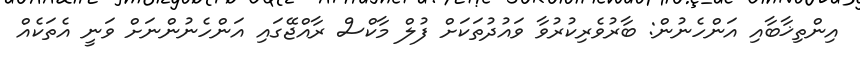
އިންތިޚާބާއި އަންހެނުން: ބާރުވެރިކުރުވާ ވައުދުތަކަށް ފުލް މާކްސް ރާއްޖޭގައި އަންހެނުންނަށް ވަނީ އެތަކެއް